342_HS1-416511228_319.1 Flying Discs 1949
Agency: Department of War
Incident date: 1/9/50
Page 102
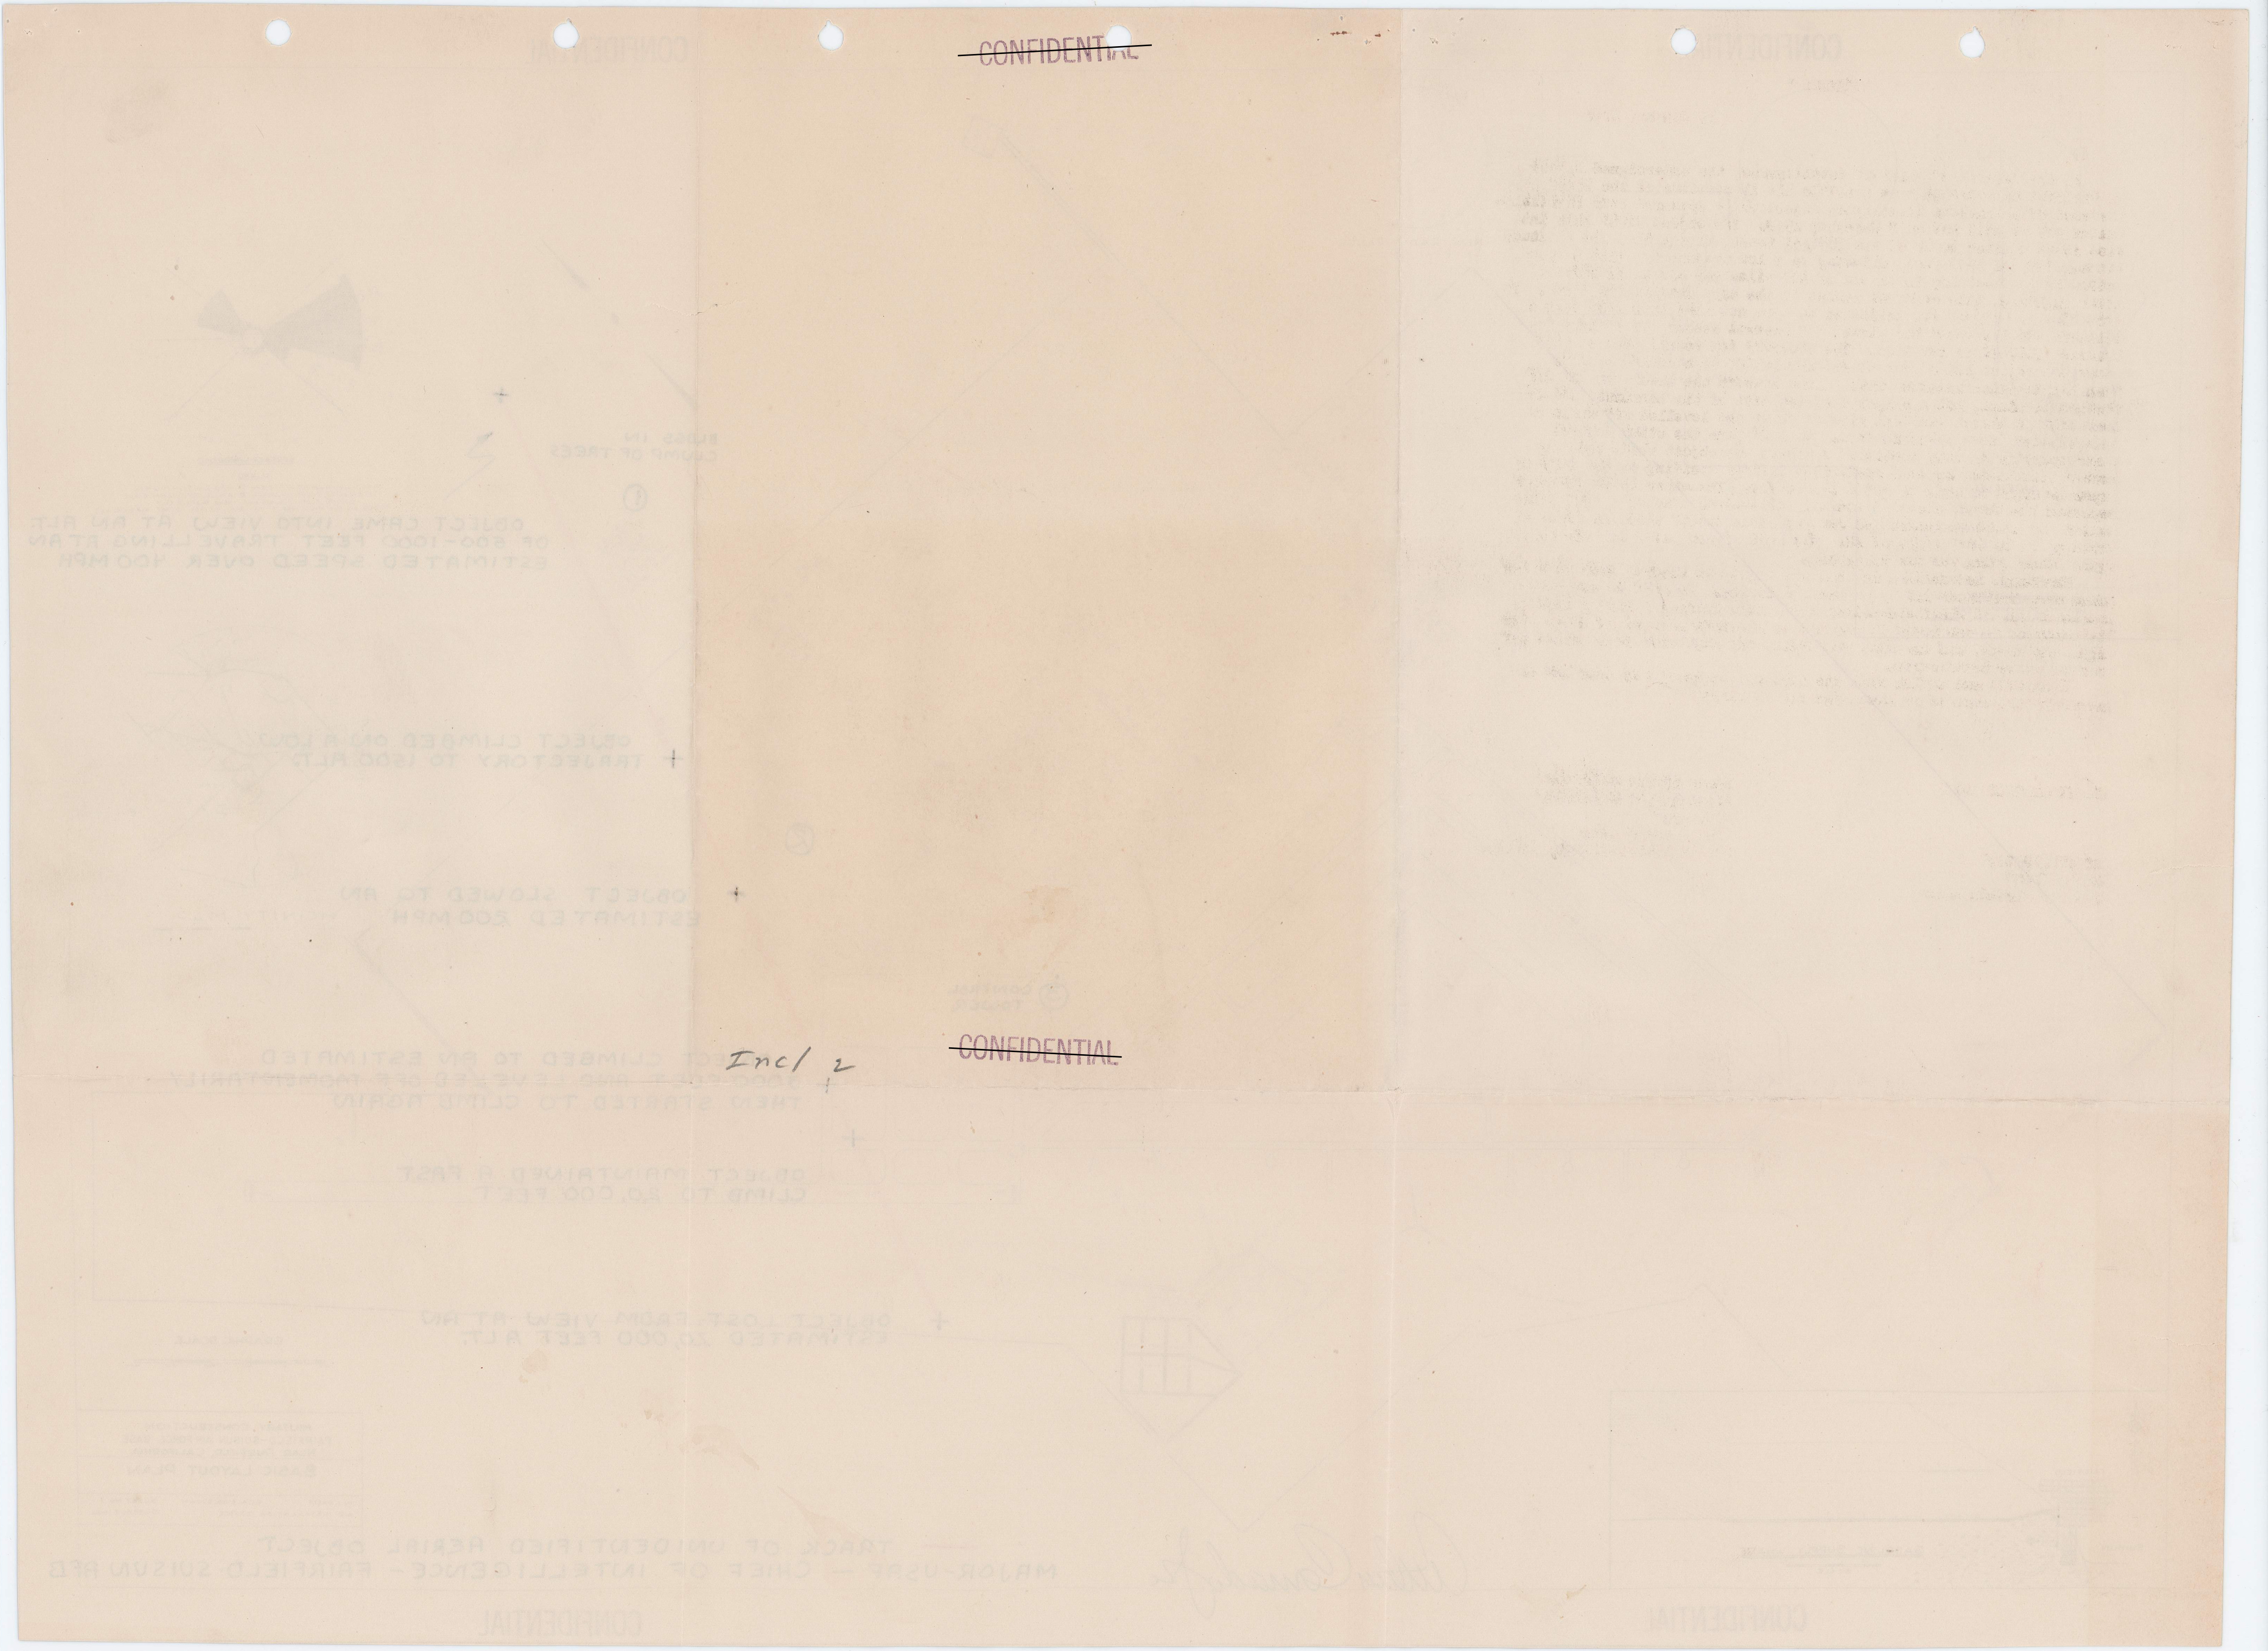